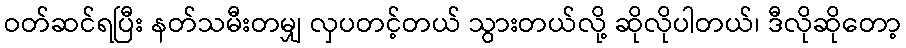
ဝတ်ဆင်ရပြီး နတ်သမီးတမျှ လှပတင့်တယ် သွားတယ်လို့ ဆိုလိုပါတယ်၊ ဒီလိုဆိုတော့